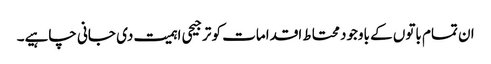
ان تمام باتوں کے باوجود محتاط اقدامات کو ترجیحی اہمیت دی جانی چاہیے۔